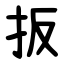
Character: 扳